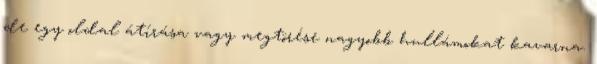
de egy oldal átírása vagy megtörése nagyobb hullámokat kavarna.